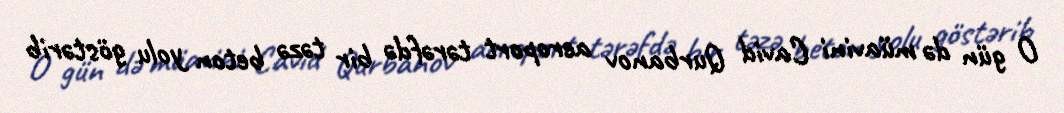
O gün də müavini Cavid Qurbanov aeroport tərəfdə bir təzə beton yolu göstərib